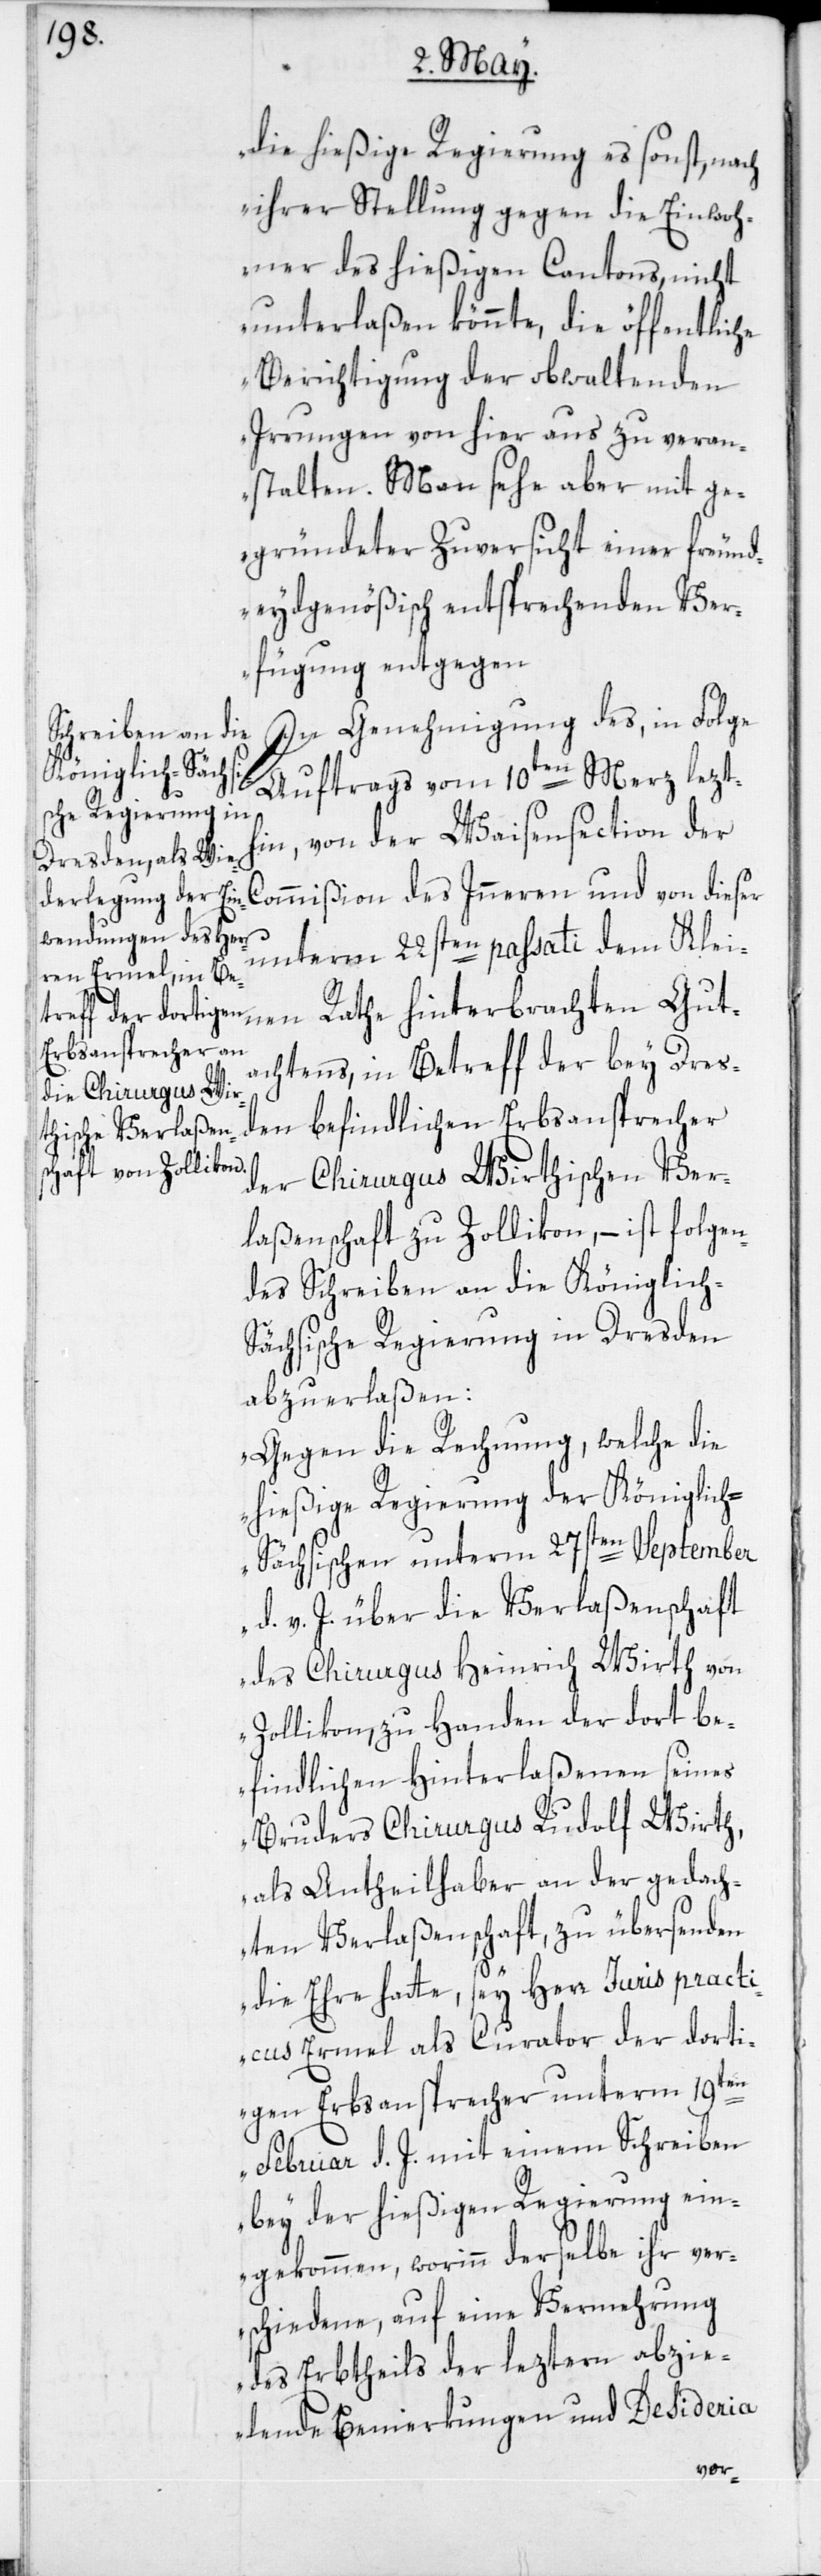
Gut¬

die hießige Regierung es sonst, nach
ihrer Stellung gegen die Einwoh¬
ner des hießigen Cantons, nicht
unterlaßen könnte, die öffentliche
Berichtigung der obwaltenden
Irrungen von hier aus zu veran¬
stalten. Man sehe aber mit ge¬
gründeter Zuversicht einer freund¬
eydgenößisch entsprechenden Ve¬
rfügung entgegen[.]“
In Genehmigung des, in Folge
Schreiben an die
Königlich-S¬
Auftrags vom 10ten Merz lezth¬
in, von der Waisensection der
Commißion des Inneren und von dieser
des
unterm 22sten passati dem Klei¬
achtens, in Betreff der bey Dres¬
den befindlichen Erbsanprecher
der Chirurgus Wirthischen Ver¬
laßenschaft zu Zollikon, – ist folgen¬
ächsische Regierung in Dresden
abzuerlaßen:
„Gegen die Rechnung, welche die
hießige Regierung der Königlic¬
h-Sächsischen unterm 27sten September
d. v. J. über die Verlaßenschaft
des Chirurgus Heinrich Wirth von
Zollikon, zu Handen der dort be¬
findlichen Hinterlaßenen seines
Bruders Chirurgus Rudolf Wirth,
als Antheilhaber an der gedach¬
ten Verlaßenschaft, zu übersenden
die Ehre hatte, sey Herr Juris practi¬
cus Ermel als Curator der dorti¬
gen Erbsansprecher unterm 19ten
Februar d. J. mit einem Schreiben
bey der hießigen Regierung ein¬
gekommen, worinn derselbe ihr ver¬
schiedene, auf eine Vermehrung
des Erbtheils der leztern abzi¬
elende Bemerkungen und Desideria